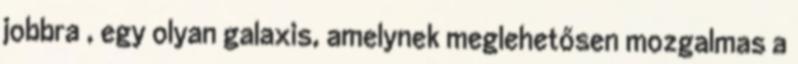
jobbra , egy olyan galaxis, amelynek meglehetősen mozgalmas a